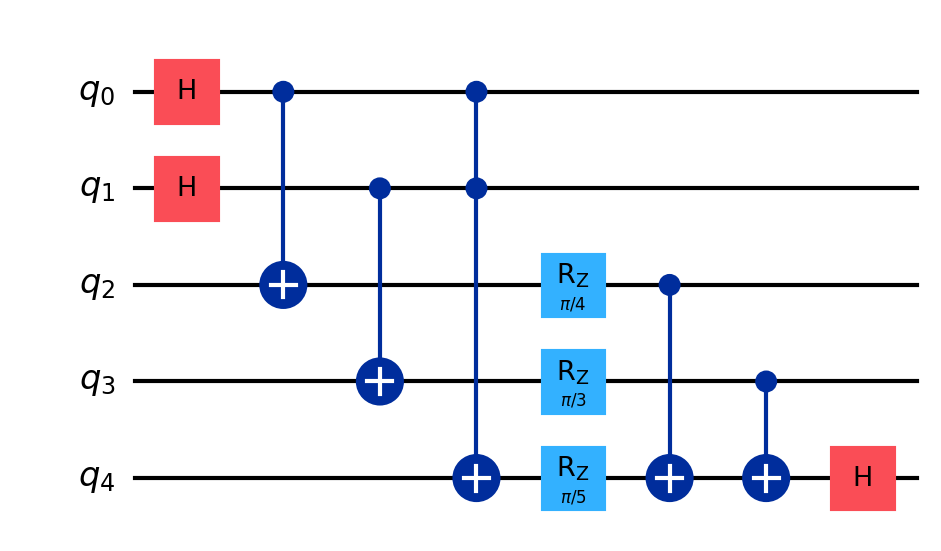
Description: Dilithium lattice-based signature verification
描述: Dilithium格基签名验证
Category: btc_quantum_security (difficulty: advanced)
Qubits: 5, circuit depth: 7
Blockchain relevance: btc_security

Braket implementation:
import math
from braket.circuits import Circuit
circuit = Circuit()
circuit.h(0).h(1)
circuit.cnot(0, 2).cnot(1, 3)
circuit.ccnot(0, 1, 4)
circuit.rz(2, math.pi/4).rz(3, math.pi/3).rz(4, math.pi/5)
circuit.cnot(2, 4).cnot(3, 4)
circuit.h(4)